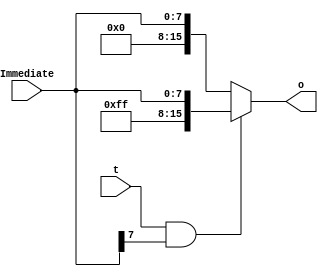
`timescale 1ns / 1ps
//////////////////////////////////////////////////////////////////////////////////
// Company: 
// Engineer: 
// 
// Design Name: 
// Module Name:    Extender 
// Project Name: 
// Target Devices: 
// Tool versions: 
// Description: 
//
// Dependencies: 
//
// Revision: 
// Revision 0.01 - File Created
// Additional Comments: 
//
//////////////////////////////////////////////////////////////////////////////////
module Extender(
    input [7:0] Immediate,
    output reg [15:0] o,
    input t	 
    );
	 
	 always @ (t or Immediate) begin
		 if(t == 1 && Immediate[7] == 1) begin
			o = {8'b11111111,Immediate};
		 end else begin
			o = {8'b00000000,Immediate};
		 end
	 end

endmodule